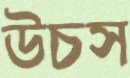
উচস